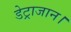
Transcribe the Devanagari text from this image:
डेट्राजान।